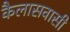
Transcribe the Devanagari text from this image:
कैलासवासी